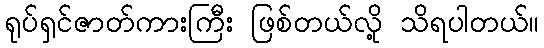
ရုပ်ရှင်ဇာတ်ကားကြီး ဖြစ်တယ်လို့ သိရပါတယ်။